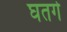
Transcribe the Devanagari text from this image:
घतगे